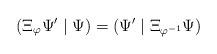
LaTeX: \begin{align*}(\Xi _{\varphi }\Psi ^{\prime }\mid \Psi )=(\Psi ^{\prime }\mid \Xi_{\varphi ^{-1}}\Psi ) \end{align*}